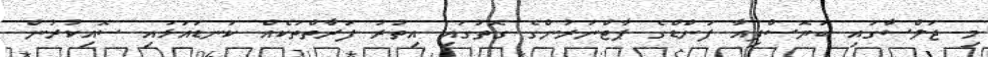
މި ޖަލްސާގައި ބަޔޮސްފިއާ ފަންޑްގެ ޕާޓްނަރުންގެ ގޮތުގައި އިތުރު ފަރާތްތަކެއް ކަނޑައަޅައި ސޮއިކުރުން